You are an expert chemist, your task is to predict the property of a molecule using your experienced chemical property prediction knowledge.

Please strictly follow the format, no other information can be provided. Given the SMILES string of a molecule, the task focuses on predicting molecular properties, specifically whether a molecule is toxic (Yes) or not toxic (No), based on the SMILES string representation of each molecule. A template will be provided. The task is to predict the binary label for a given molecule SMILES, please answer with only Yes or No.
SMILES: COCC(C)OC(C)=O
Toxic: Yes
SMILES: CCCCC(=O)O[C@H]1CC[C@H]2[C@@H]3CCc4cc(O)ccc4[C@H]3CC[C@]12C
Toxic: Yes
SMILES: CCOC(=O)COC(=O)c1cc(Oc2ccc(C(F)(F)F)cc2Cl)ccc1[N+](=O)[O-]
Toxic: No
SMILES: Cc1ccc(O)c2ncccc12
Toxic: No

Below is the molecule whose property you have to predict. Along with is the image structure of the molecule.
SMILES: Nc1nc2c(ncn2COC(CO)CO)c(=O)[nH]1
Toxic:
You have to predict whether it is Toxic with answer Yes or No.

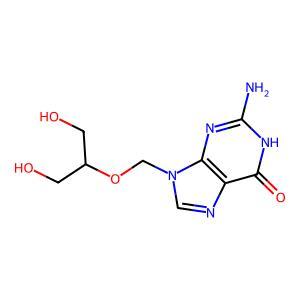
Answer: No